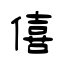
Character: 僖